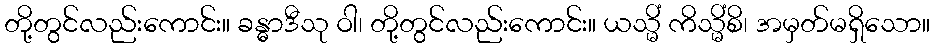
တို့တွင်လည်းကောင်း။ ခန္ဓာဒီသု ဝါ၊ တို့တွင်လည်းကောင်း။ ယသ္မိံ ကိသ္မိံစိ၊ အမှတ်မရှိသော။